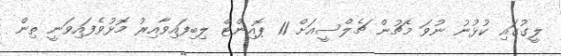
ލީގުގައި ކުޅުނު ނުވަ މެޗުން ޗެލްސީއަށް 11 ޕޮއިންޓް ލިބިފައިވާއިރު މޮޅުވެފައިވަނީ ތިން